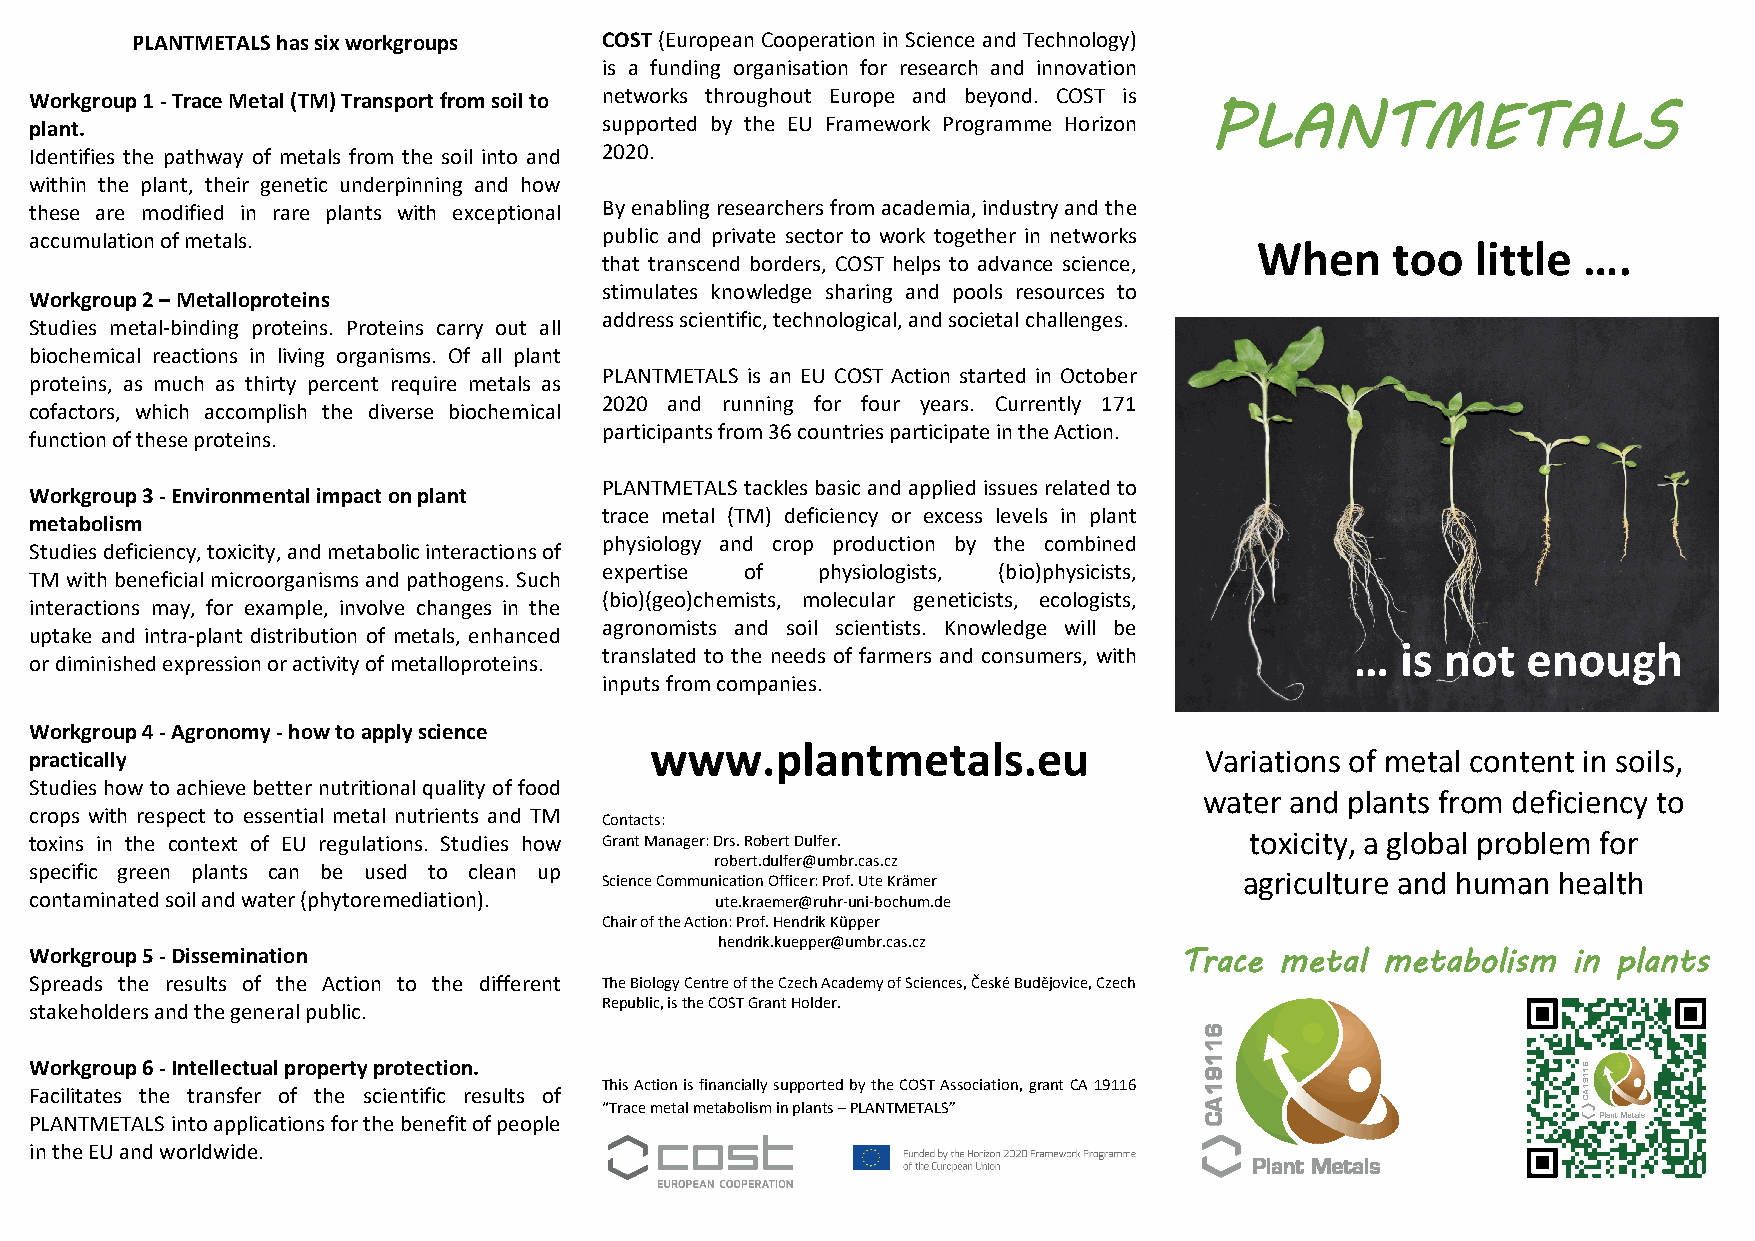
PLANTMETALS has six workgroups COST (European Cooperation in Science and Technology)
 is a funding organisation for research and innovation
 Workgroup 1 - Trace Metal (TM) Transport from soil to networks throughout Europe and beyond. COST is
 plant.                                supported by the EU Framework Programme Horizon PLANTMETALS
 Identifies the pathway of metals from the soil into and 2020.
 within the plant, their genetic underpinning and how
 these are modified in rare plants with exceptional By enabling researchers from academia, industry and the
 accumulation of metals.               public and private sector to work together in networks
 When     too   little ….
 that transcend borders, COST helps to advance science,
 stimulates knowledge sharing and pools resources to
 Workgroup 2 – Metalloproteins
 address scientific, technological, and societal challenges.
 Studies metal-binding proteins. Proteins carry out all
 biochemical reactions in living organisms. Of all plant
 PLANTMETALS is an EU COST Action started in October
 proteins, as much as thirty percent require metals as
 2020 and running for four years. Currently 171
 cofactors, which accomplish the diverse biochemical
 participants from 36 countries participate in the Action.
 function of these proteins.
 PLANTMETALS tackles basic and applied issues related to
 Workgroup 3 - Environmental impact on plant
 trace metal (TM) deficiency or excess levels in plant
 metabolism
 physiology and crop production by the combined
 Studies deficiency, toxicity, and metabolic interactions of
 expertise of  physiologists, (bio)physicists,
 TM with beneficial microorganisms and pathogens. Such
 (bio)(geo)chemists, molecular geneticists, ecologists,
 interactions may, for example, involve changes in the
 agronomists and soil scientists. Knowledge will be
 uptake and intra-plant distribution of metals, enhanced
 …  is not  enough
 translated to the needs of farmers and consumers, with
 or diminished expression or activity of metalloproteins.
 inputs from companies.
 Workgroup 4 - Agronomy - how to apply science
 www.plantmetals.eu
 practically                                                                   Variations of metal content in soils,
 Studies how to achieve better nutritional quality of food
 water and plants from deficiency to
 crops with respect to essential metal nutrients and TM
 Contacts:
 toxins in the context of EU regulations. Studies how Grant Manager: Drs. Robert Dulfer. toxicity, a global problem for
 robert.dulfer@umbr.cas.cz
 specific green plants can be used to clean up
 Science Communication Officer: Prof. Ute Krämer agriculture and human health
 contaminated soil and water (phytoremediation). ute.kraemer@ruhr-uni-bochum.de
 Chair of the Action: Prof. Hendrik Küpper
 hendrik.kuepper@umbr.cas.cz
 Workgroup 5 - Dissemination
 Trace  metal metabolism   in plants
 Spreads the results of the Action to the different The Biology Centre of the Czech Academy of Sciences, České Budějovice, Czech
 stakeholders and the general public.  Republic, is the COST Grant Holder.
 Workgroup 6 - Intellectual property protection.
 This Action is financially supported by the COST Association, grant CA 19116
 Facilitates the transfer of the scientific results of
 “Trace metal metabolism in plants – PLANTMETALS”
 PLANTMETALS into applications for the benefit of people
 in the EU and worldwide.